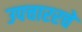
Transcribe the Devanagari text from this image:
उपचाररचे